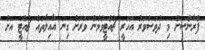
ފްރާންސަށް މި ދުވަސްވަރު އަހަރީ ޗުއްޓީވުމުން ވަރަށް ގިނަ އާއިލާތައް ޗުއްޓީ އަށް